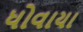
ધોવાયા